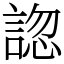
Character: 𧩓